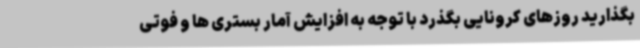
بگذارید روزهای کرونایی بگذرد با توجه به افزایش آمار بستری ها و فوتی